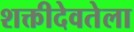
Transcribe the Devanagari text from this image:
शक्तीदेवतेला